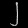
Digit: ၂